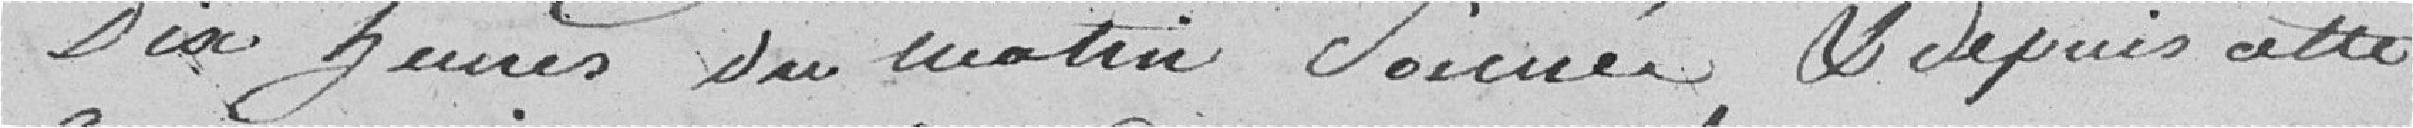
dix heures du matin sonner et depuis cette